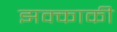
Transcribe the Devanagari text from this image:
झक्काकी